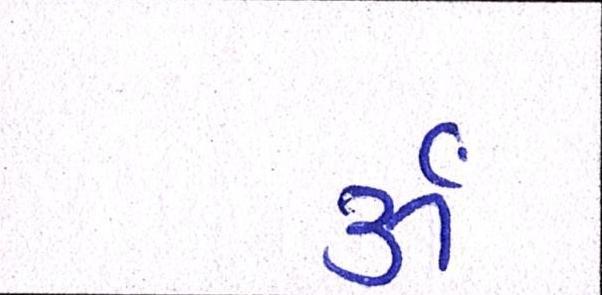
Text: ૐ